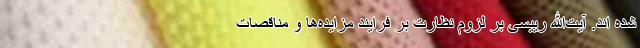
شده اند. آیت‌الله رییسی بر لزوم نظارت بر فرایند مزایده‌ها و مناقصات